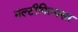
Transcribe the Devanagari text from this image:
मल्टीपिल्क्सर